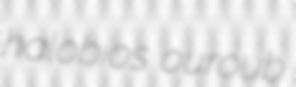
halobios ouroub